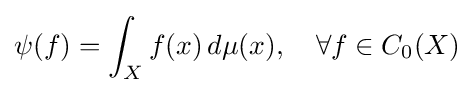
\psi (f)=\int _{X}f(x)\,d\mu (x),\quad \forall f\in C_{0}(X)